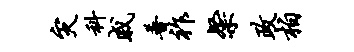
灾科戚普祚粲政柏